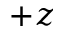
+ z